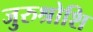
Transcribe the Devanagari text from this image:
जुरुश्रोशि